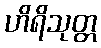
ဟိရိသုတ္တ